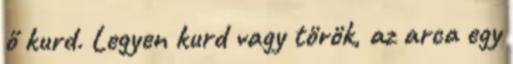
ő kurd. Legyen kurd vagy török, az arca egy